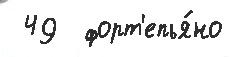
 49  форт'епья́но